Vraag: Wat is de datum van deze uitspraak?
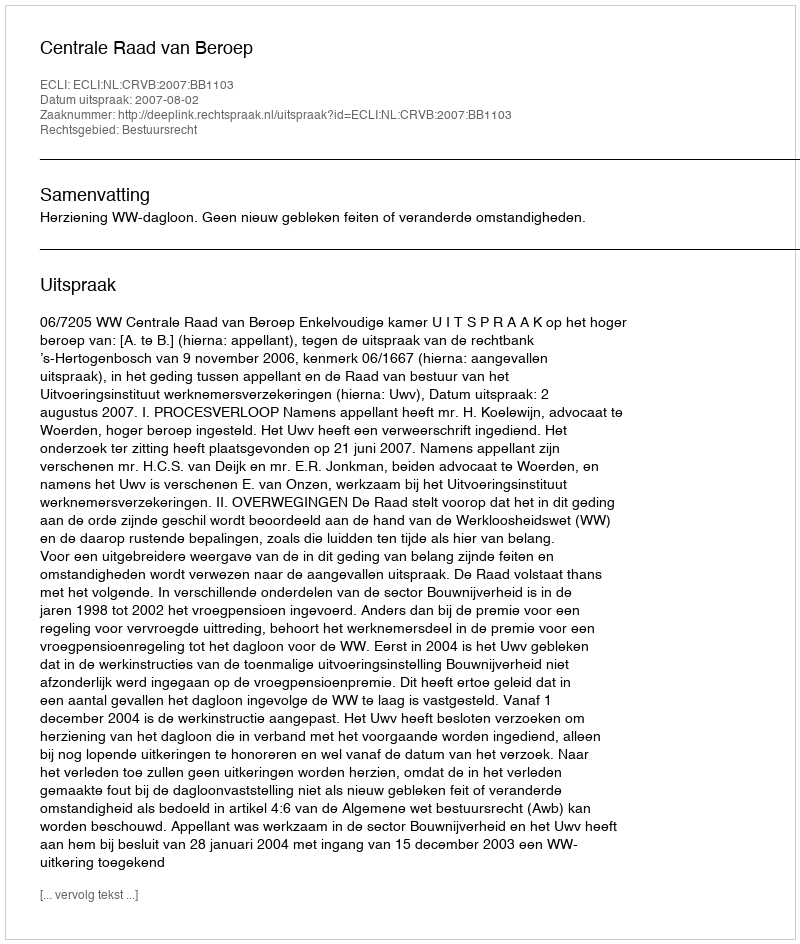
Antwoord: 2007-08-02